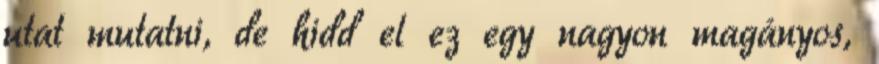
utat mutatni, de hidd el ez egy nagyon magányos,